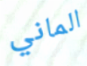
الماني